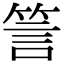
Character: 䇾